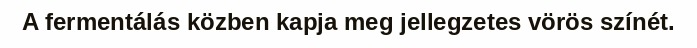
A fermentálás közben kapja meg jellegzetes vörös színét.